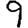
Digit: 9